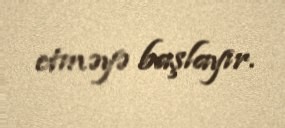
etməyə başlayır.